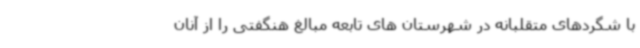
با شگردهای متقلبانه در شهرستان های تابعه مبالغ هنگفتی را از آنان